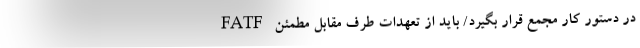
FATF در دستور کار مجمع قرار بگیرد/ باید از تعهدات طرف مقابل مطمئن